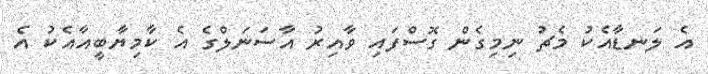
އެ ލަނޑާއެކު މެޗު ނިމިގެން ގޮސްފައި ވާއިރު އާސަނަލްގެ އެ ކާމިޔާބީއާއެކު އެ